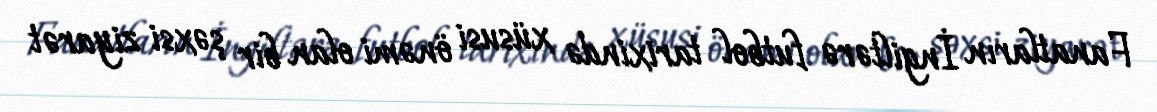
Fanatların İngiltərə futbol tarixində xüsusi önəmi olan bir şəxsi ziyarət